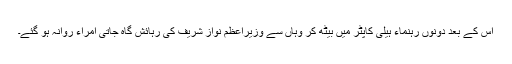
اس کے بعد دونوں رہنماء ہیلی کاپٹر میں بیٹھ کر وہاں سے وزیراعظم نواز شریف کی رہائش گاہ جاتی امراء روانہ ہو گئے۔